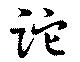
跎